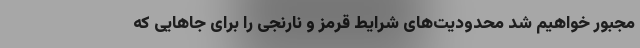
مجبور خواهیم شد محدودیت‌های شرایط قرمز و نارنجی را برای جا‌هایی که